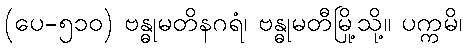
(ပေ-၅၁၀) ဗန္ဓုမတိနဂရံ၊ ဗန္ဓုမတီမြို့သို့။ ပက္ကမိ၊